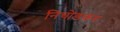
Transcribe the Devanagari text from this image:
निचोडकर